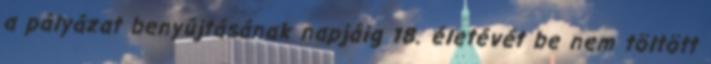
a pályázat benyújtásának napjáig 18. életévét be nem töltött